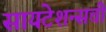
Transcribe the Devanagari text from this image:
सायटेशन्सची